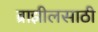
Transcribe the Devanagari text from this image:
ब्राझीलसाठी